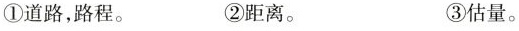
①道路，路程。 ②距离。 ③估量。